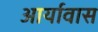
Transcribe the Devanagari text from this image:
आर्यावास